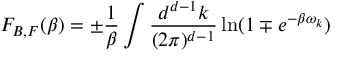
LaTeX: F _ { B , F } ( \beta ) = \pm \frac { 1 } { \beta } \int \frac { d ^ { d - 1 } k } { ( 2 \pi ) ^ { d - 1 } } \ln ( 1 \mp e ^ { - \beta \omega _ { k } } )